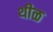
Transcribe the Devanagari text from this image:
थीळ